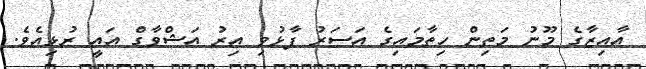
އާއިޒާގެ މޫނު މަތިން ހިތާމައިގެ އަސަރު ފާޅުވި އިރު އަޝްވާގް އައީ ރުޅިއެވެ.